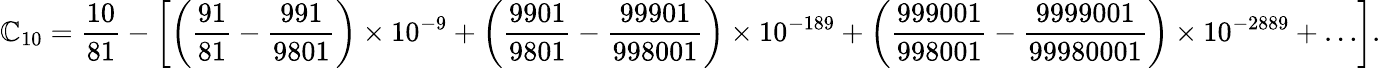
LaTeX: \mathbb{C}_{10}={\frac{{10}}{{81}}}-\left[\left({\frac{{91}}{{81}}}-{\frac{{991}}{{9801}}}\right)\times10^{-9}+\left({\frac{{9901}}{{9801}}}-{\frac{{99901}}{{998001}}}\right)\times10^{-189}+\left({\frac{{999001}}{{998001}}}-{\frac{{9999001}}{{99980001}}}\right)\times10^{-2889}+\ldots\right].